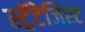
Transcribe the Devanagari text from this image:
स्ट्रॅटेजिस्ट